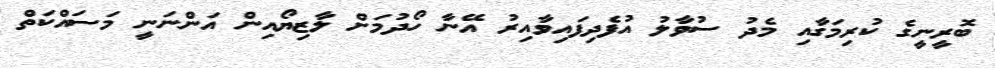
ބޮރީނީގެ ކުރިމަގާއި މެދު ސުވާލު އުފެދިފައިވާއިރު އޭނާ ހޯދުމަށް ލާޒިޔޯއިން އަންނަނީ މަސައްކަތް